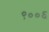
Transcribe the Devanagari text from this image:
९००६